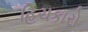
હિચકારો